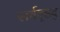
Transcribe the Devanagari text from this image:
सर्ववृहद्